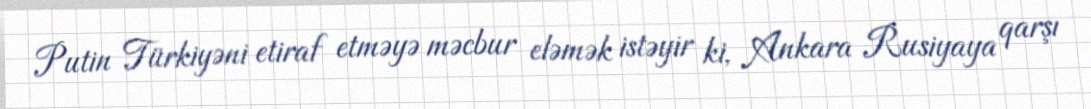
Putin Türkiyəni etiraf etməyə məcbur eləmək istəyir ki, Ankara Rusiyaya qarşı